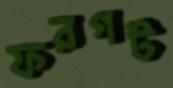
ফরগট